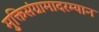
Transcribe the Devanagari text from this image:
मुक्तिसंग्रामादरम्यान